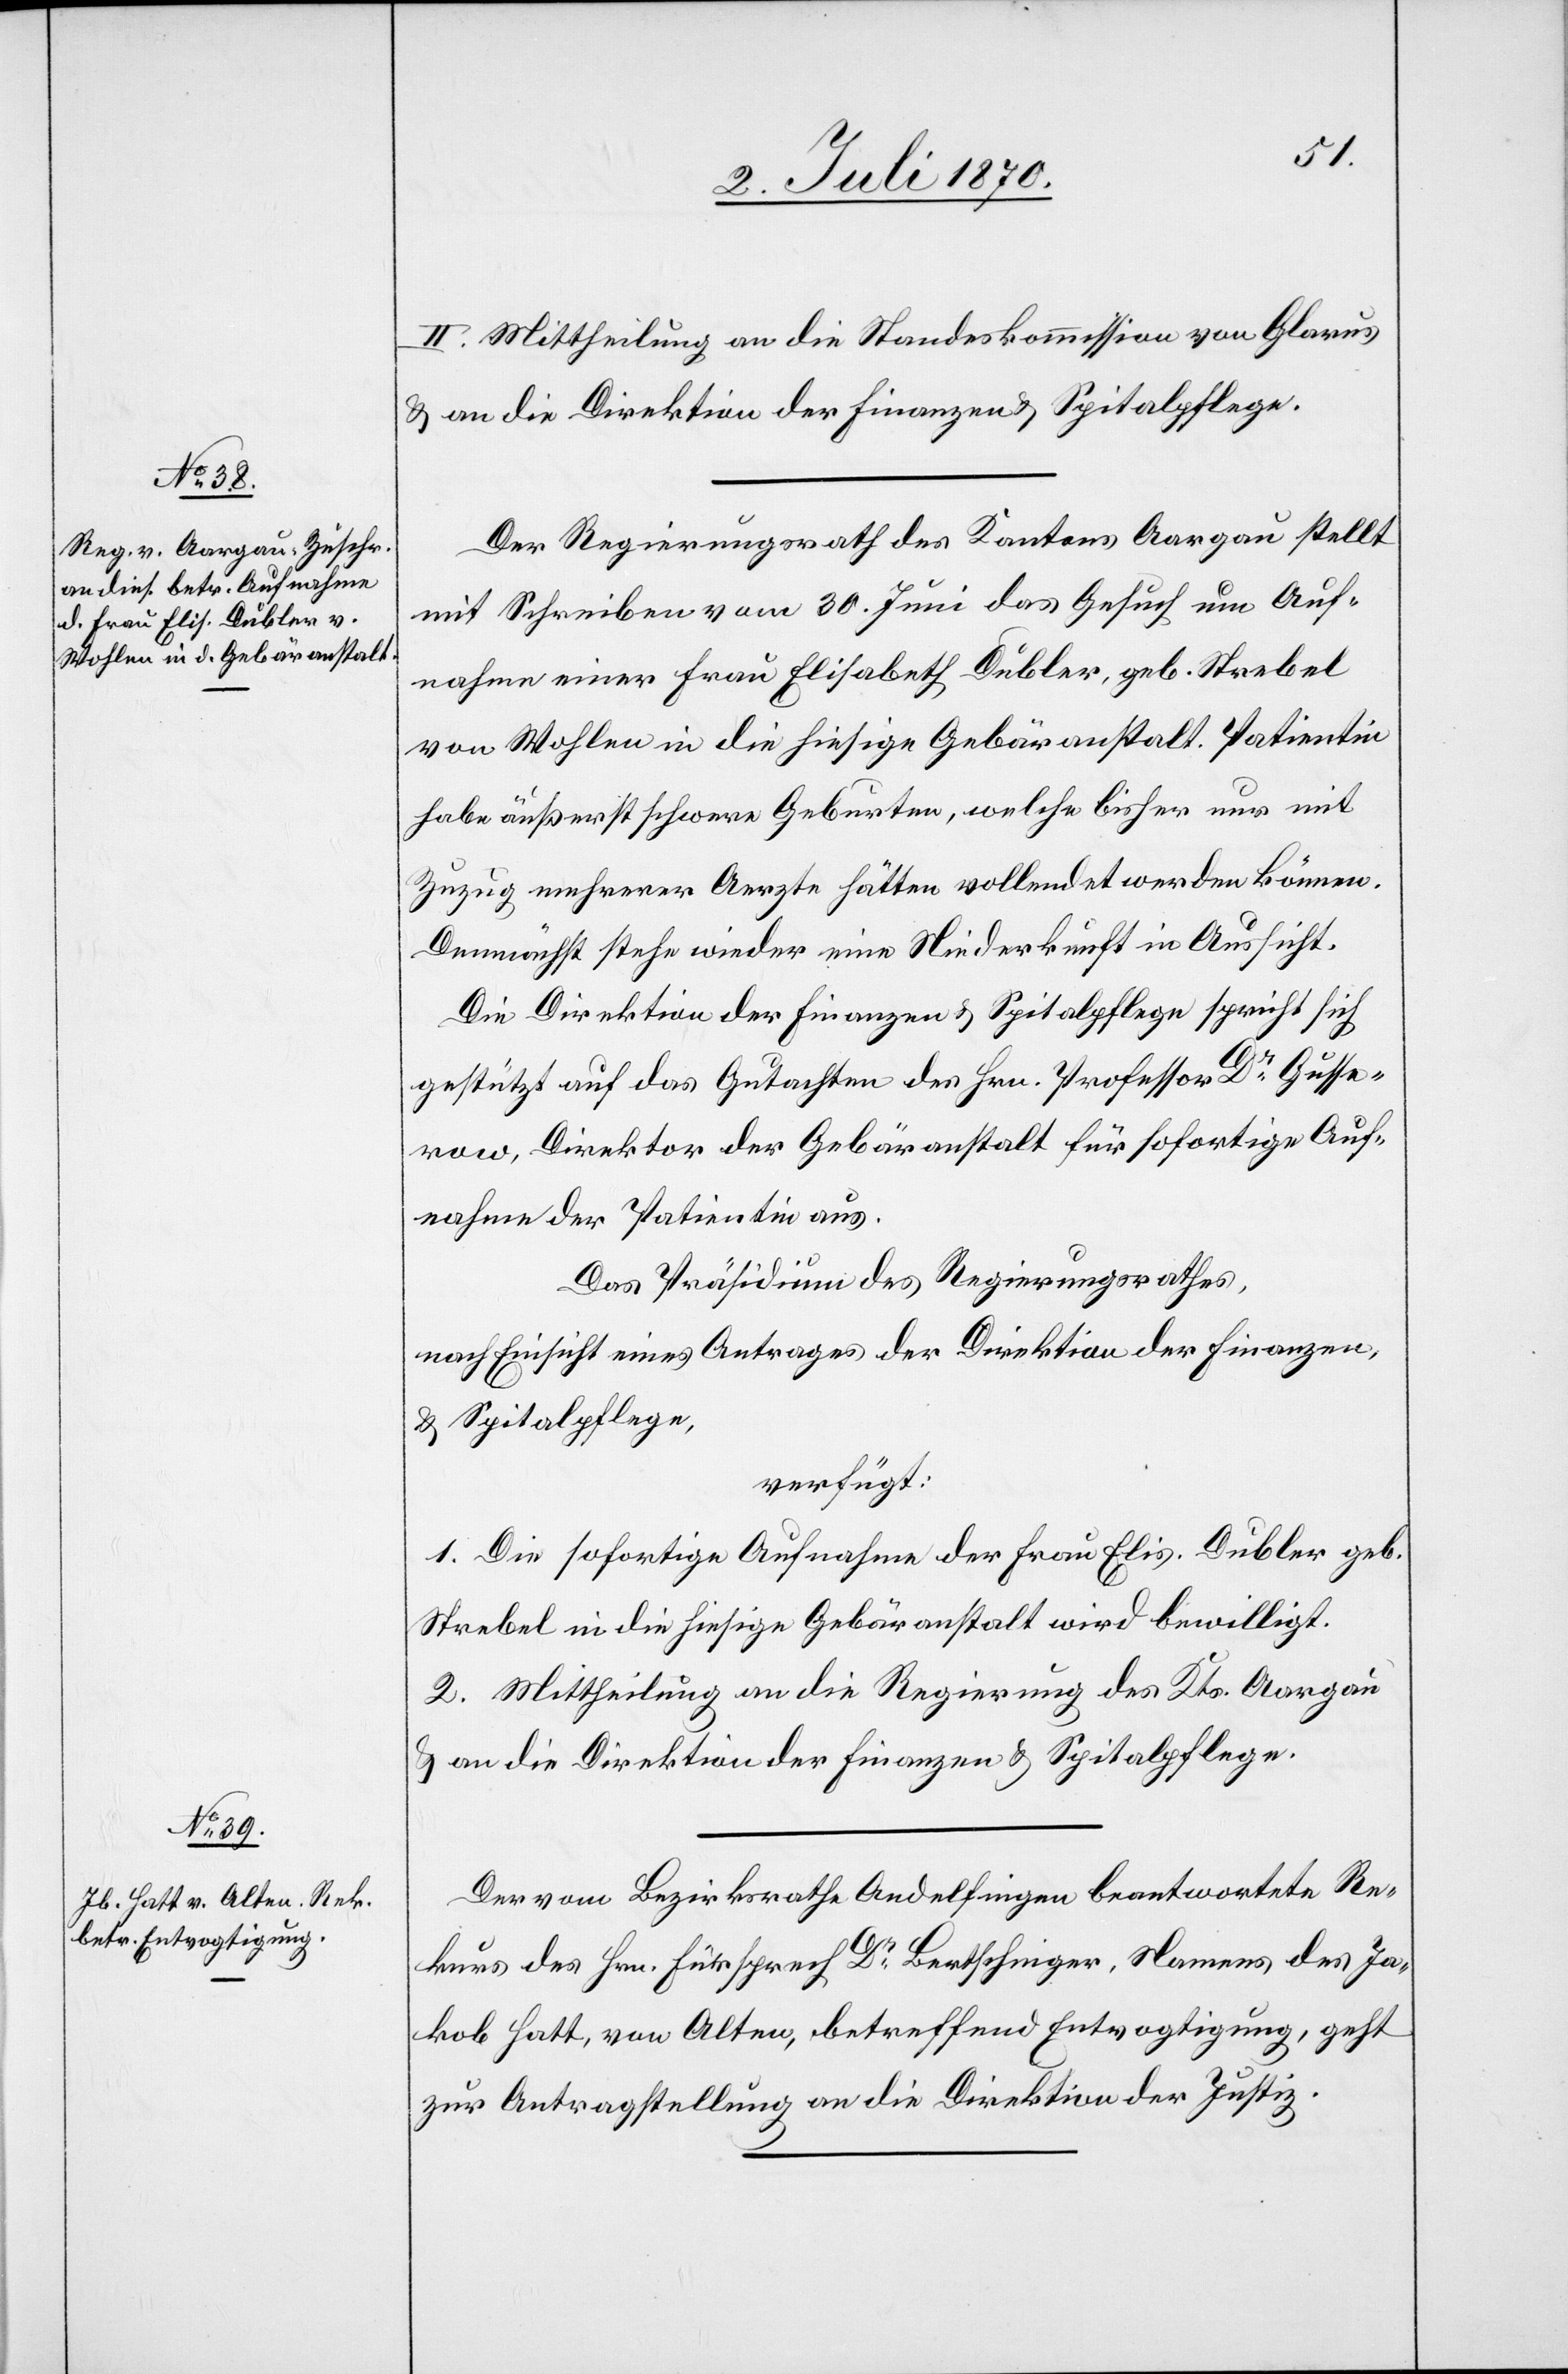
4. Juli 1870.]
II. Mittheilung an die Standeskommission von Glarus
& an die Direktion der Finanzen & Spitalpflege.
Der Regierungsrath des Kantons Aargau stellt
mit Schreiben vom 30. Juni das Gesuch um Auf¬
nahme einer Frau Elisabeth Dubler, geb. Strebel
von Wohlen in die hiesige Gebäranstalt. Patientin
habe äußerst schwere Geburten, welche bisher nur mit
Zuzug mehrerer Aerzte hätten vollendet werden können.
Demnächst stehe wieder eine Niederkunft in Aussicht.
Die Direktion der Finanzen & Spitalpflege spricht sich
gestützt auf das Gutachten des Hrn. Professor Dr Gusse¬
row, Direktor der Gebäranstalt für sofortige Auf¬
nahme der Patientin aus.
Das Präsidium des Regierungsrathes,
nach Einsicht eines Antrages der Direktion der Finanzen
& Spitalpflege,
verfügt:
1. Die sofortige Aufnahme der Frau Elis. Dubler geb.
Strebel in die hiesige Gebäranstalt wird bewilligt.
2. Mittheilung an die Regierung des Kts. Aargau
& an die Direktion der Finanzen & Spitalpflege.
Der vom Bezirksrathe Andelfingen beantwortete Re¬
kurs des Hrn. Fürsprech Dr Bertschinger, Namens des Ja¬
kob Hatt, von Alten, betreffend Entvogtigung, geht
zur Antragstellung an die Direktion der Justiz.